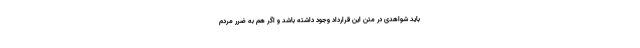
باید شواهدی در متن این قرارداد وجود داشته باشد و اگر هم به ضرر مردم